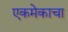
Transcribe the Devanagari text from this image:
एकमेकाचा